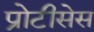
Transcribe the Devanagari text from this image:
प्रोटीसेस